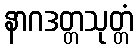
နာဂဒတ္တသုတ္တံ